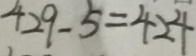
4 2 9 - 5 = 4 2 4